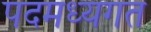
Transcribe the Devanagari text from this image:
पदमध्यगत